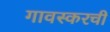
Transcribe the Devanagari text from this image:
गावस्करची